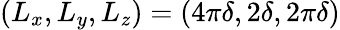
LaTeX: (L_{x},L_{y},L_{z})=(4\pi\delta,2\delta,2\pi\delta)